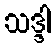
သဒ္ဒါ